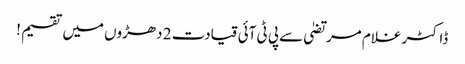
ڈاکٹر غلام مرتضیٰ سےپی ٹی آئی قیادت 2 دھڑوں میں تقسیم !